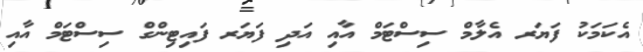
އެކަމަކު ފަޔަރ އެލާމް ސިސްޓަމް އާއި އަދި ފަޔަރ ފައިޓިންގް ސިސްޓަމް އާއި